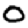
Digit: 0